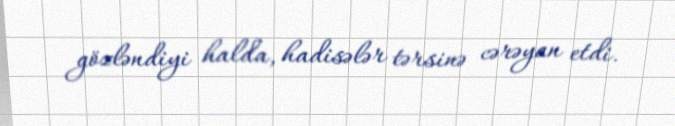
gözləndiyi halda, hadisələr tərsinə cərəyan etdi.